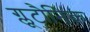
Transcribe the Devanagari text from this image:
ग्लूटौनिक